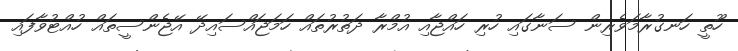
ހޫތީ ހަނގުރާމަވެރިން ސަނާގައި ހުރި ހައްޖާއި އުމްރާ ދަތުރުތައް ހަމަޖައްސައިދޭ އޭޖެންސީތައް ހުއްޓުވާފައި